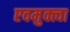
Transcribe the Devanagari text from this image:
एवमुक्त्वा